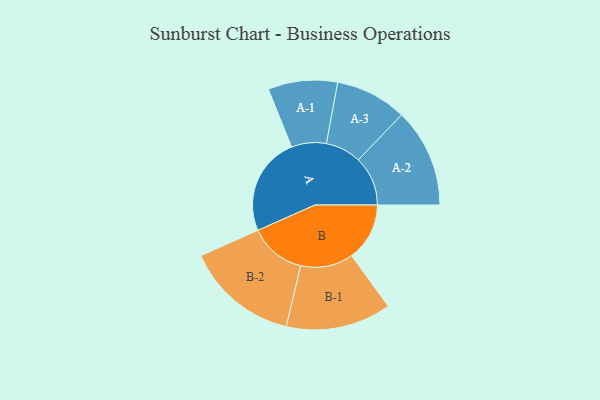
{"axis": {"x": "Segment", "y": "Value"}, "legend": ["", "A", "B"], "data": [{"x": "A", "y": 488, "type": ""}, {"x": "B", "y": 287, "type": ""}, {"x": "A-1", "y": 172, "type": "A"}, {"x": "A-2", "y": 245, "type": "A"}, {"x": "A-3", "y": 177, "type": "A"}, {"x": "B-1", "y": 261, "type": "B"}, {"x": "B-2", "y": 280, "type": "B"}]}